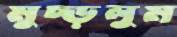
মুচ্‌ড়লুম